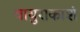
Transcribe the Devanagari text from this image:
वायुराकाशं